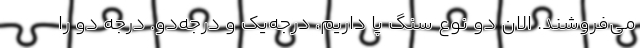
می‌فروشند. الان دو نوع سنگ پا داریم، درجه‌یک و درجه‌دو. درجه دو را